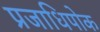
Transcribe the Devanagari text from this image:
प्रजाधिपोक